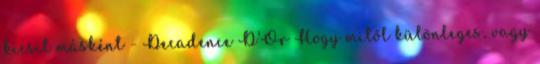
kicsit másként - Decadence D’Or Hogy mitől különleges, vagy